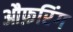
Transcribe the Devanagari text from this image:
औफ़रिंग